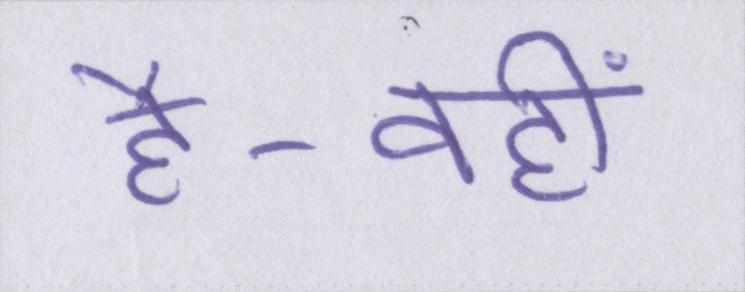
है-वहीं